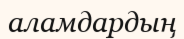
аламдардың